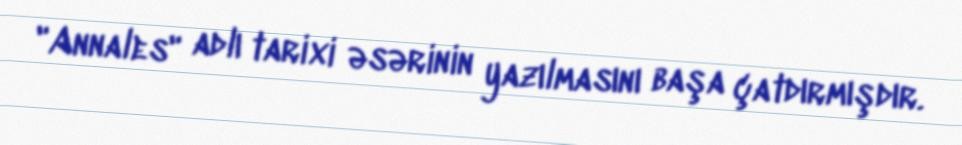
"Annales" adlı tarixi əsərinin yazılmasını başa çatdırmışdır.